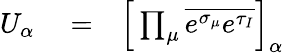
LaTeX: \begin{array}{rlr}{U_{\alpha}}&{{}=}&{\Big[\prod_{\mu}\overline{{e^{\sigma_{\mu}}e^{\tau_{I}}}}\Big]_{\alpha}}\end{array}